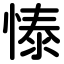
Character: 㥭